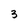
Character: 3